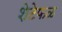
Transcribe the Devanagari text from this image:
शेटेफळ